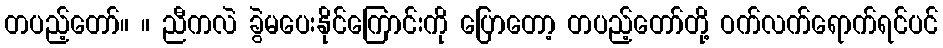
တပည့်တော်။ ။ ညီကလဲ ခွဲမပေးနိုင်ကြောင်းကို ပြောတော့ တပည့်တော်တို့ ဝက်လက်ရောက်ရင်ပင်